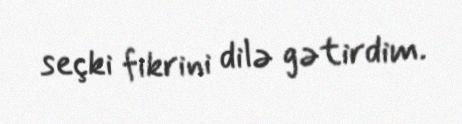
seçki fikrini dilə gətirdim.